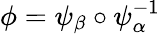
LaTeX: \phi=\psi_{\beta}\circ\psi_{\alpha}^{-1}